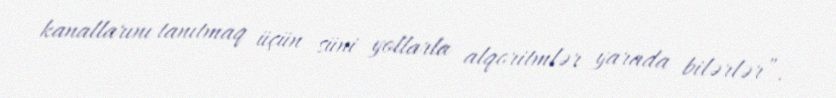
kanallarını tanıtmaq üçün süni yollarla alqoritmlər yarada bilərlər”.